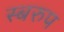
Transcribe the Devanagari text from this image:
स्बरुप